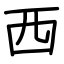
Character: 西